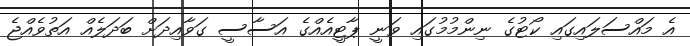
އެ މައްސަލައިގައި ކޯޓުގެ ނިންމުމުގައި ވަނީ ޕާޓީއެއްގެ އަސާސީ ގަވާއިދަށް ބަދަލެއް އަތުވެއްޖެ